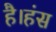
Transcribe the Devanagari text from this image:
है।हंस